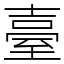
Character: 臺